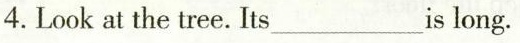
4.Look at the tree. Its___is long.